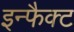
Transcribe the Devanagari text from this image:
इन्फैक्ट